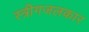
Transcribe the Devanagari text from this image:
स्त्रीगजलकार